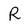
Character: R